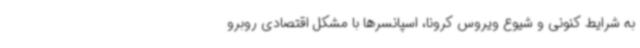
به شرایط کنونی و شیوع ویروس کرونا، اسپانسرها با مشکل اقتصادی روبرو